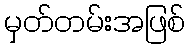
မှတ်တမ်းအဖြစ်